system: You are a helpful assistant.
user:
Analyze the provided spectrum to determine if it is a **S-type Star**.

- **Key Indicators for S-type Star:**

    - **(Overall Spectrum Shape):** The first and most obvious characteristic is the overall continuum (the "baseline" shape). It is **extremely "red-sloping,"** meaning the flux (light intensity) is very low on the left side (blue, ~4000-4500 Å) and rises steeply and continuously toward the right side (red, ~7000 Å+).

    - **(Primary):** The spectrum is defined by the presence of strong, broad molecular absorption "valleys" (bands) from **Zirconium Oxide (ZrO)**. The identification of these bands is the **primary requirement** for classifying a star as S-type.
        - **(Key Bandheads):** You must find distinct, deep "dips" where the light has been absorbed. The most critical band systems to locate are:
            - **~6474 Å** ($\gamma$-system): This is often the strongest and clearest ZrO feature, found in the red part of the spectrum.
            - **~5718 Å** & **~5551 Å** ($\beta$-system): A pair of prominent absorption features in the yellow-orange part of the spectrum.
            - **~4640 Å** ($\alpha$-system): A key absorption band system in the blue-green region of the spectrum.

    - **(Secondary Confirmation):** The classification is strengthened by finding additional absorption bands from other related heavy element oxides, which are expected to be present alongside ZrO.
        - **(Key Bandheads):**
            - **Yttrium Oxide (YO):** Look for absorption dips near **~4800 Å** and **~6100 Å**.
            - **Lanthanum Oxide (LaO):** Additional absorption features, particularly in the red-orange part of the spectrum, are also characteristic.

    - **(Line Profile):** The combination of the steep red continuum and these numerous, deep molecular bands (ZrO, YO, etc.) gives the entire spectrum a very **"chopped-up"** or **"bumpy"** appearance. Instead of a smooth curve, the spectrum looks as though large, wide chunks of light have been "carved out" of it at the specific wavelengths listed above.

Think first, call **spectral_visualization_tool** if needed to examine features in detail, then provide your final answer. Your response must adhere to the following strict rules:
1.  **Overall Structure:** Your response must follow the format `<think>...</think> <tool_call>...</tool_call> (if a tool is used) <answer>...</answer>`.
2.  **Tool Usage Constraint:** You may only make **one** tool call per turn.
3.  **Final Answer Format:** In the `<answer>` tag, your conclusion must be inside a `\boxed{}` command (e.g., `\boxed{YES}` or `\boxed{NO}`), followed by your justification.

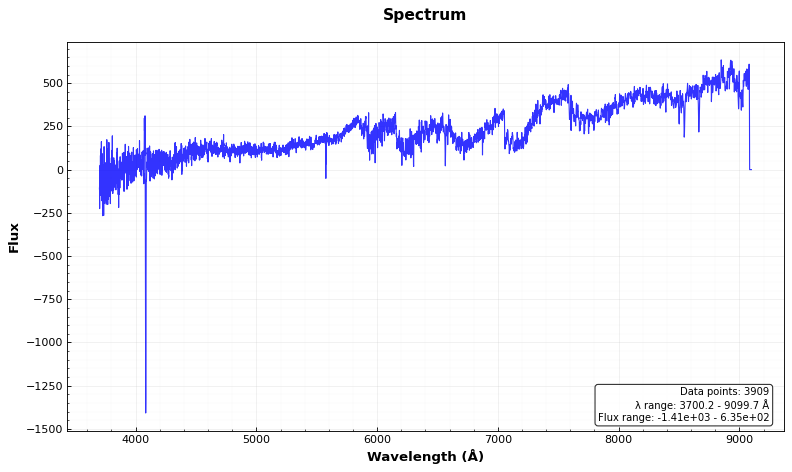
Answer: YES